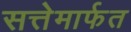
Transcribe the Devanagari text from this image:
सत्तेमार्फत